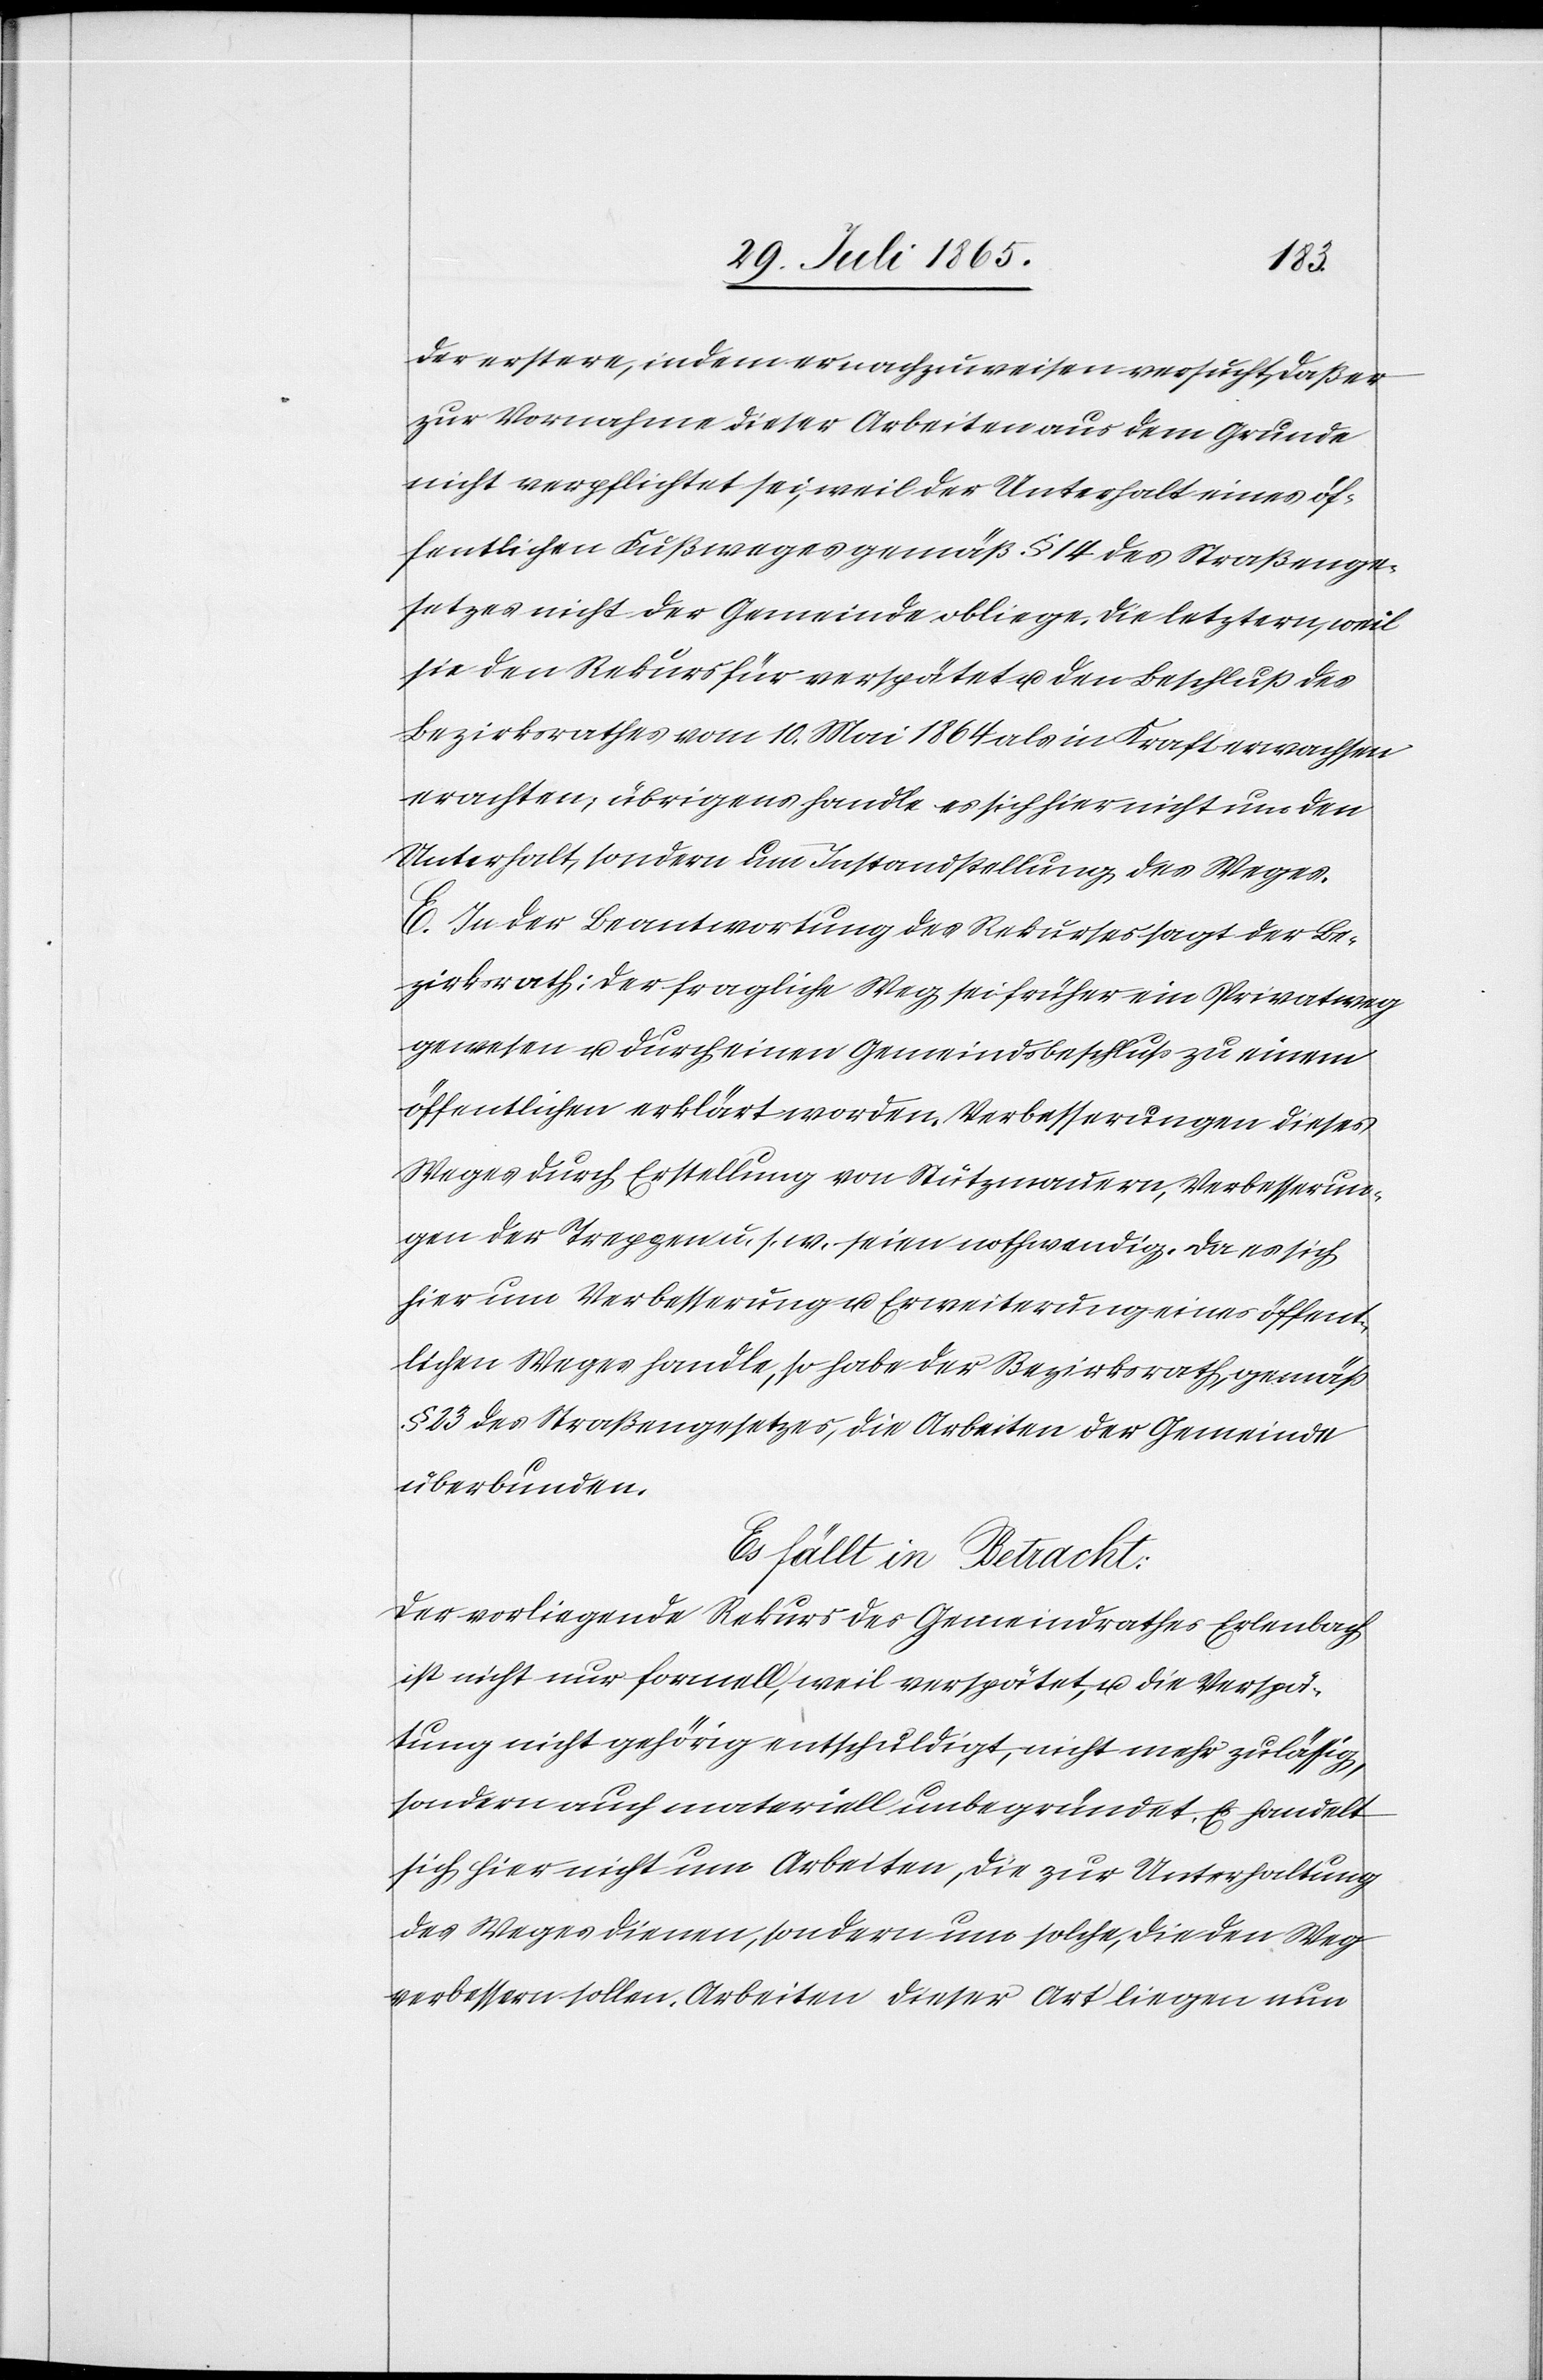
der erstere, indem er nachzuweisen versucht, daß er
zur Vornahme dieser Arbeiten aus dem Grunde
nicht verpflichtet sei, weil der Unterhalt eines öf¬
fentlichen Fußweges gemäß § 14 des Straßenge¬
setzes nicht der Gemeinde obliege. Die letztern, weil
sie den Rekurs für verspätet u. den Beschluß des
Bezirksrathes vom 10. Mai 1864 als in Kraft erwachsen
erachten, übrigens handle es sich hier nicht um den
Unterhalt, sondern um Instandstellung des Weges.
E. In der Beantwortung des Rekurses sagt der Be¬
zirksrath: Der fragliche Weg sei früher ein Privatweg
gewesen u. durch einen Gemeindsbeschluß zu einem
öffentlichen erklärt worden. Verbesserungen dieses
Weges durch Erstellung von Stützmauern, Verbesserun¬
gen der Treppen u. s. w. seien nothwendig. Da es sich
hier um Verbesserung u. Erweiterung eines öffent¬
lichen Weges handle, so habe der Bezirksrath, gemäß
§ 23 des Straßengesetzes, die Arbeiten der Gemeinde
überbunden.
Es fällt in Betracht:
Der vorliegende Rekurs des Gemeindrathes Erlenbach
ist nicht nur formell, weil verspätet, u. die Verspä¬
tung nicht gehörig entschuldigt, nicht mehr zulässig,
sondern auch materiell unbegründet. Es handelt
sich hier nicht um Arbeiten, die zur Unterhaltung
des Weges dienen, sondern um solche, die den Weg
verbessern sollen. Arbeiten dieser Art liegen nun